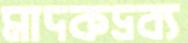
মাদকদ্রব্য